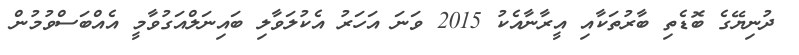
ދުނިޔޭގެ ބޮޑެތި ބާރުތަކާއި އީރާނާއެކު 2015 ވަނަ އަހަރު އެކުލަވާލި ބައިނަލްއަގުވާމީ އެއްބަސްވުމުން